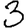
Digit: 3